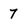
Character: 7